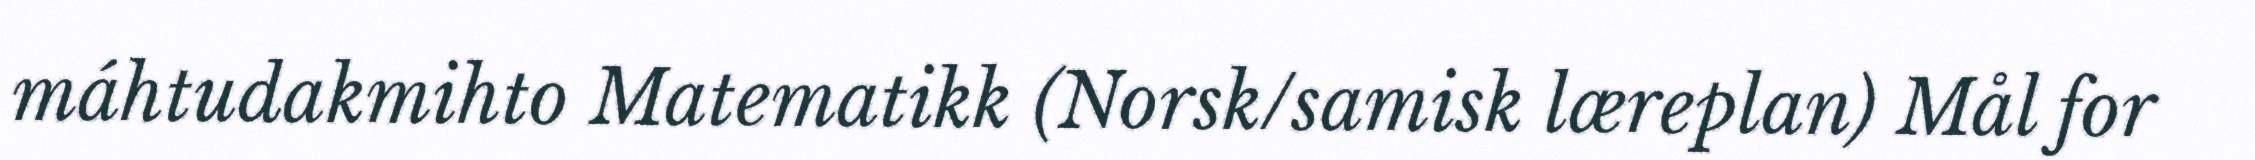
máhtudakmihto Matematikk (Norsk/samisk læreplan) Mål for